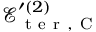
\mathcal { E } _ { \mathrm { ~ t ~ e ~ r ~ } , \mathrm { ~ C ~ } } ^ { \prime { ( 2 ) } }